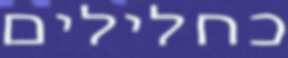
כחלילים